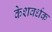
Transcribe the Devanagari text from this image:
केशवर्धक